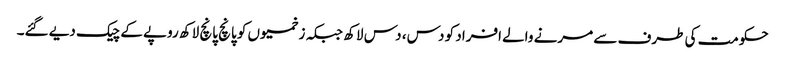
حکومت کی طرف سے مرنے والے افراد کو دس، دس لاکھ جبکہ زخمیوں کو پانچ پانچ لاکھ روپے کے چیک دیے گئے۔